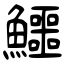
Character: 鱷